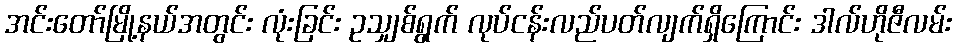
အင်းတော်မြို့နယ်အတွင်း လုံးခြင်း ဥသျှစ်ရွက် လုပ်ငန်းလည်ပတ်လျက်ရှိကြောင်း ဒါလ်ဟိုဇီလမ်း